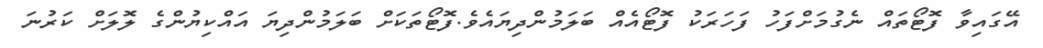
އޭގައިވާ ފޮޓޯތައް ނެގުމަށްފަހު ފަހަރަކު ފޮޓޯއެއް ބަލަމުންދިޔައެވެ.ފޮޓޯތަކަށް ބަލަމުންދިޔަ އައްކިޔުންގެ ލޮލަށް ކަރުނަ